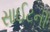
સાઈટની